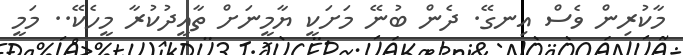
މާކުރިން ވެސް އިނގޭ. ދެން ބުނޭ މަށަކީ ޔާމީނަށް ތާއީދުކުރާ މީހެކޭ.. މަމީ